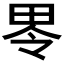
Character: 𱰮